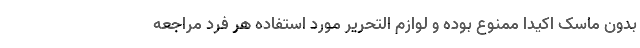
بدون ماسک اکیدا ممنوع بوده و لوازم التحریر مورد استفاده هر فرد مراجعه